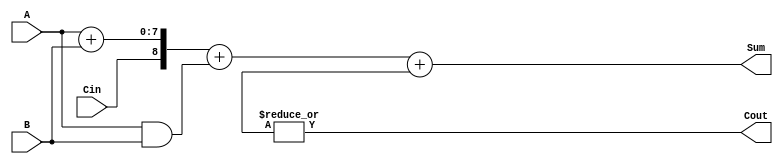
module carry_bypass_adder (
    input wire [7:0] A,
    input wire [7:0] B,
    input wire Cin,
    output wire [8:0] Sum,
    output wire Cout
);

wire [7:0] P, G, C;

assign {P[7], P[6:0]} = A + B;
assign {G[7], G[6:0]} = A & B;

assign Cout = |{C[7:0]};
assign Sum = {Cin, P} + G + {C[7:0]};

endmodule